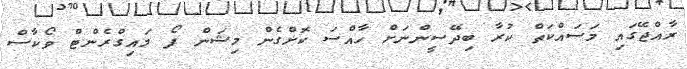
ރާއްޖޭގައި މަސައްކަތް ކުރާ ބިދޭސީންނަށް ހާއްސަ ކޮށްގެން މިޝަން ފޯ މައިގްރެންޓް ވޯކާސް